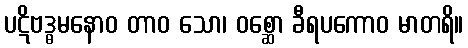
ပဋိဗဒ္ဓမနောဝ တာဝ သော၊ ဝစ္ဆော ခီရပကောဝ မာတရိ။